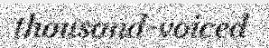
thousand-voiced